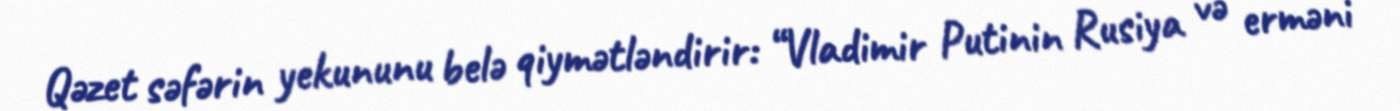
Qəzet səfərin yekununu belə qiymətləndirir: “Vladimir Putinin Rusiya və erməni